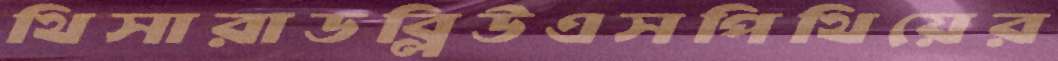
থিসারাডব্লিউএসপিথিয়ের